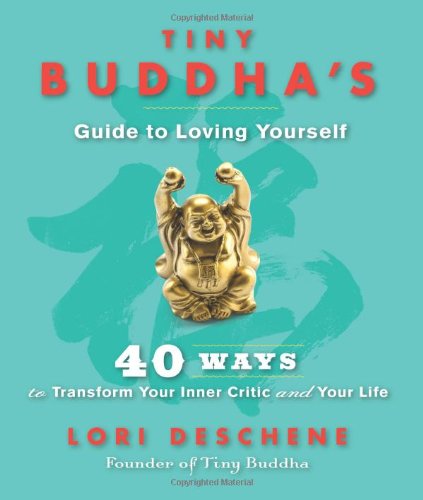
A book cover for Tiny Buddha's Guide to Loving Yourself: 40 Ways to Transform Your Inner Critic and Your Life; Lori Deschene; Self-Help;